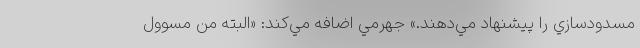
مسدود‌سازي را پيشنهاد مي‌دهند.» جهرمي اضافه مي‌كند: «البته من مسوول